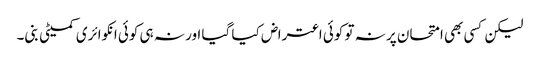
لیکن کسی بھی امتحان پر نہ تو کوئی اعتراض کیا گیا اور نہ ہی کوئی انکوائری کمیٹی بنی۔